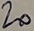
Text: 20